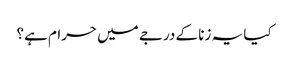
کیا یہ زنا کے درجے میں حرام ہے؟